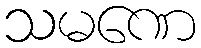
သမဏေ